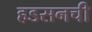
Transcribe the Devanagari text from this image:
हडसनची